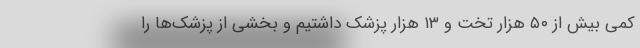
کمی بیش از ۵۰ هزار تخت و ۱۳ هزار پزشک داشتیم و بخشی از پزشک‌ها را